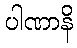
ပါဏာနိ